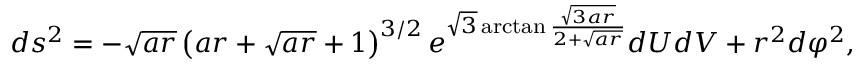
d s ^ { 2 } = - \sqrt { a r } \left( a r + \sqrt { a r } + 1 \right) ^ { 3 / 2 } e ^ { \sqrt { 3 } \arctan \frac { \sqrt { 3 a r } } { 2 + \sqrt { a r } } } d U d V + r ^ { 2 } d \varphi ^ { 2 } ,